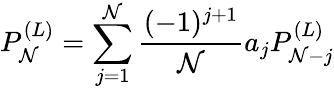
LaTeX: P_{\mathcal{N}}^{(L)}=\sum_{j=1}^{\mathcal{N}}\frac{{(-1)^{j+1}}}{{\mathcal{N}}}a_{j}P_{\mathcal{N}-j}^{(L)}